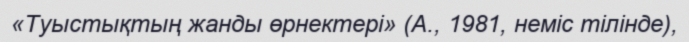
«Туыстықтың жанды өрнектері» (А., 1981, неміс тілінде),